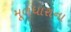
મૂળધારાના